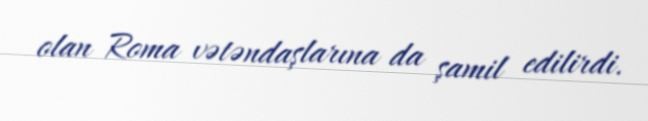
olan Roma vətəndaşlarına da şamil edilirdi.